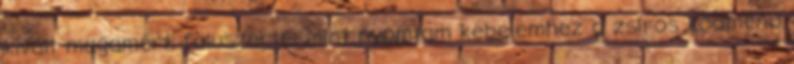
kivált magamért, faluszerte; Mint nyomtam kebelemhez a zsíros ködmenü